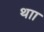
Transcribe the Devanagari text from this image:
थाा